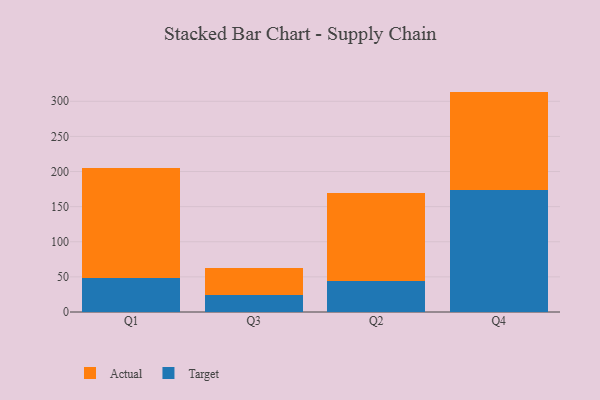
{"axis": {"x": "Quarter", "y": "Budget (USD K)"}, "legend": ["Actual", "Target"], "data": [{"x": "Q1", "y": 49.0, "type": "Target"}, {"x": "Q1", "y": 156.4, "type": "Actual"}, {"x": "Q3", "y": 23.6, "type": "Target"}, {"x": "Q3", "y": 39.6, "type": "Actual"}, {"x": "Q2", "y": 43.5, "type": "Target"}, {"x": "Q2", "y": 126.2, "type": "Actual"}, {"x": "Q4", "y": 173.8, "type": "Target"}, {"x": "Q4", "y": 140.0, "type": "Actual"}]}